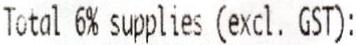
TOTAL 6% SUPPLIES (EXCL. GST):